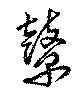
鼙